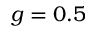
g = 0 . 5